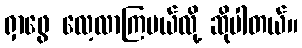
ရှာဖွေ လေ့လာကြမယ်လို့ ဆိုပါတယ်။